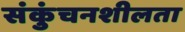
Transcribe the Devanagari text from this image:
संकुंचनशीलता